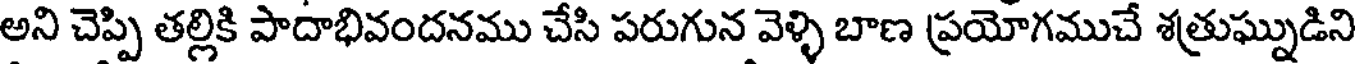
అని చెప్పి తల్లికి పాదాభివందనము చేసి పరుగున వెళ్ళి బాణ ప్రయోగముచే శత్రుఘ్నుడిని